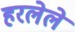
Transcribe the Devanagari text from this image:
हरलेले